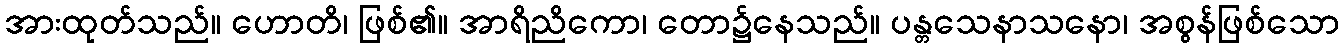
အားထုတ်သည်။ ဟောတိ၊ ဖြစ်၏။ အာရိညိကော၊ တော၌နေသည်။ ပန္တသေနာသနော၊ အစွန်ဖြစ်သော